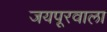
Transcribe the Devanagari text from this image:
जयपूरवाला